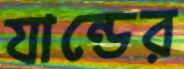
যান্ডের